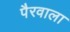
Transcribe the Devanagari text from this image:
पैरवाला